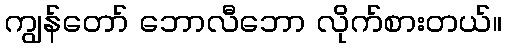
ကျွန်တော် ဘောလီဘော လိုက်စားတယ်။